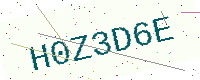
Text: H0Z3D6E